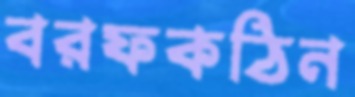
বরফকঠিন